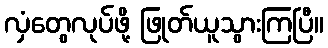
လှံတွေလုပ်ဖို့ ဖြုတ်ယူသွားကြပြီ။